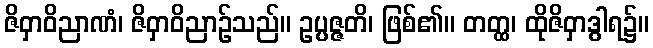
ဇိဝှာဝိညာဏံ၊ ဇိဝှာဝိညာဉ်သည်။ ဥပ္ပဇ္ဇတိ၊ ဖြစ်၏။ တတ္ထ၊ ထိုဇိဝှာဒွါရ၌။